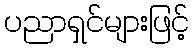
ပညာရှင်များဖြင့်